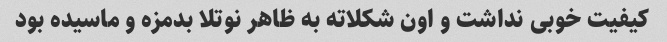
کیفیت خوبی نداشت و اون شکلاته به ظاهر نوتلا بدمزه و ماسیده بود